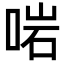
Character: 啱